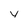
Character: y